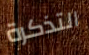
التذكرة